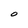
Character: O